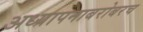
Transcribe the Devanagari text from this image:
अध्यापनाबरोबरच